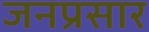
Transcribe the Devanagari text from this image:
जनप्रसार